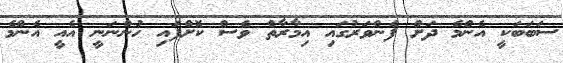
ސަބަބަކީ އެންމެ ދަށް ފެންވަރުގައި އިމާރާތް ވެސް ކޮށްފައި ހުންނަނީ އެއީ އެންމެ